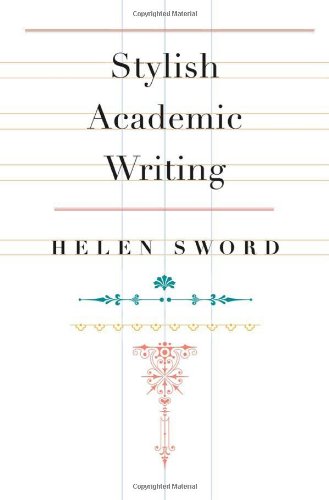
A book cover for Stylish Academic Writing; Helen Sword; Reference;